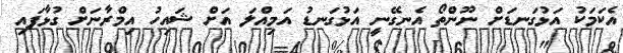
އެކަމަކު އަޅުގަނޑަށް ނޫންތޯ އެނގޭނީ އަޅުގަނޑު އަމިއްލަ އަށް ޝައިހު އިމްރާނަށް ގުޅާފައި